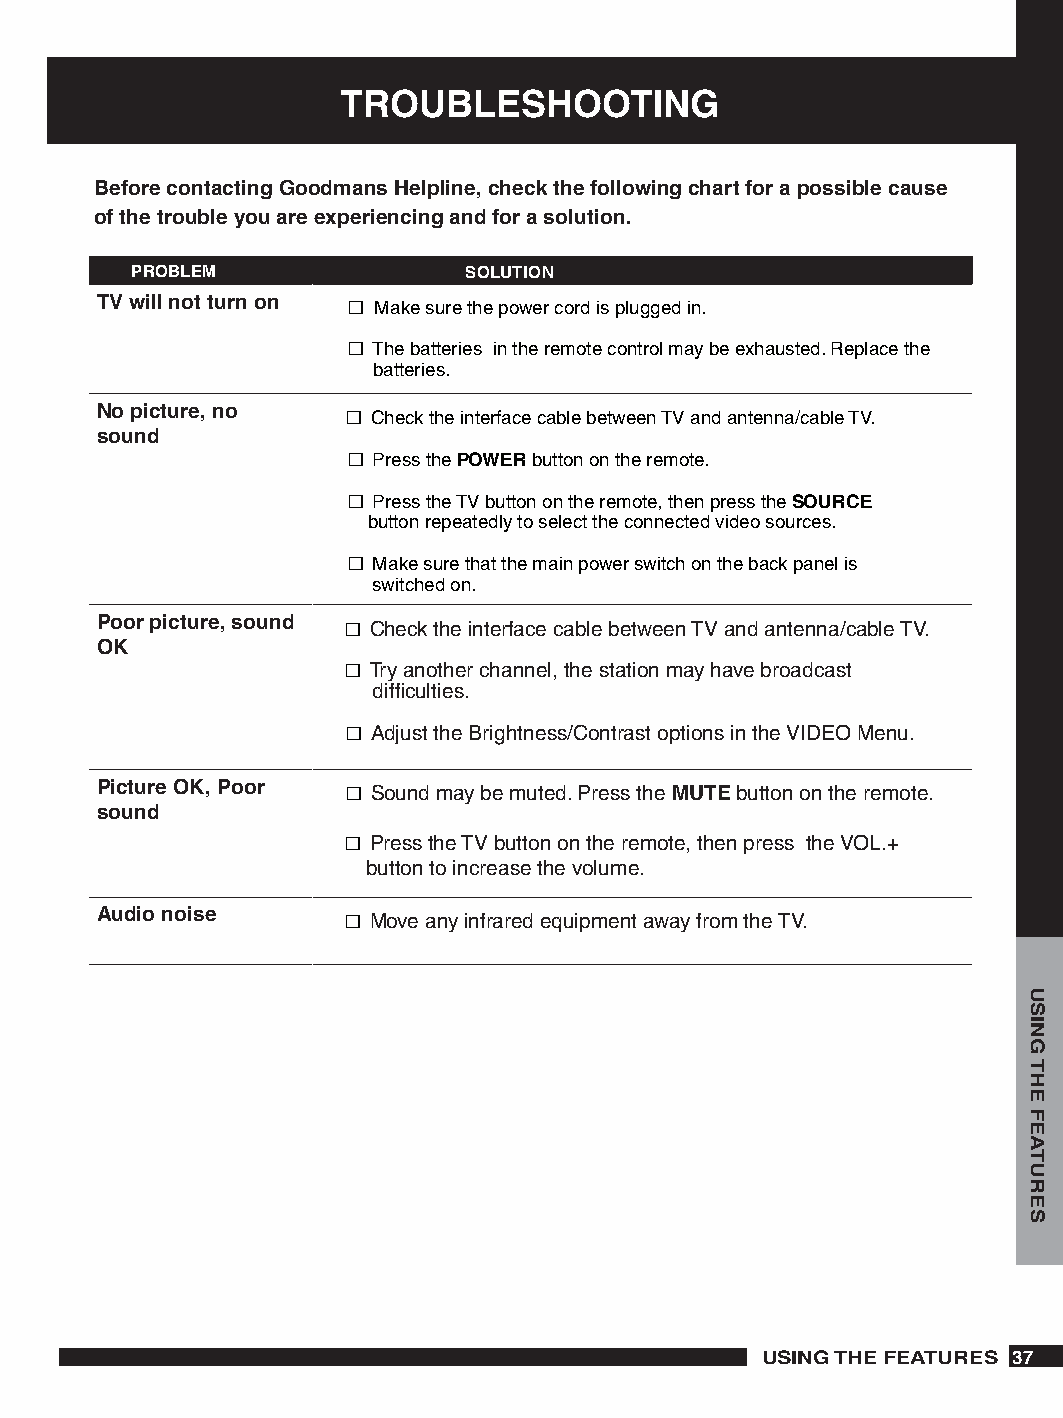
TROUBLESHOOTING
 Before contacting Goodmans Helpline, check the following chart for a possible cause
 of the trouble you are experiencing and for a solution.
 PROBLEM               SOLUTION
 TV will not turn on □ Make sure the power cord is plugged in.
 □ The batteries in the remote control may be exhausted. Replace the
 batteries.
 No picture, no   □ Check the interface cable between TV and antenna/cable TV.
 sound
 □ Press the POWER button on the remote.
 □ Press the TV button on the remote, then press the SOURCE
 button repeatedly to select the connected video sources.
 □ Make sure that the main power switch on the back panel is
 switched on.
 Poor picture, sound □ Check the interface cable between TV and antenna/cable TV.
 OK
 □ Try another channel, the station may have broadcast
 difficulties.
 □ Adjust the Brightness/Contrast options in the VIDEO Menu.
 Picture OK, Poor □ Sound may be muted. Press the MUTE button on the remote.
 sound
 □ Press the TV button on the remote, then press the VOL.+
 button to increase the volume.
 Audio noise      □ Move any infrared equipment away from the TV.
 USING THE FEATURES 7
 USING
 THE
 FEATURES